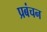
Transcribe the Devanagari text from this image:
प्रबंचन